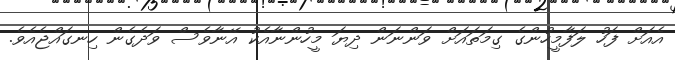
އެއަށް ފަހު ލަފާމީހުންގެ ގިމަތައަށް ވަންނަން ދިޔަ މީހުންނާއެކު އޭނާވެސް ވަދެގެން ހިނގައްޖެއެވެ.